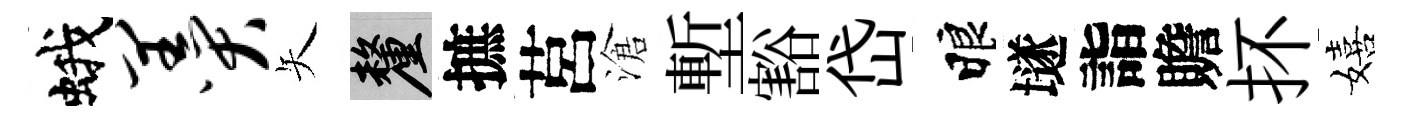
蛾羹矢厘摭莒滄塹豁岱睱𡑞詣贍抔嬉